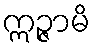
ဣဉ္ဇာမိ